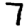
Digit: 7